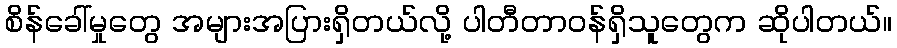
စိန်ခေါ်မှုတွေ အများအပြားရှိတယ်လို့ ပါတီတာဝန်ရှိသူတွေက ဆိုပါတယ်။